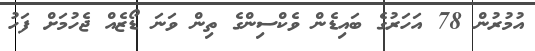
އުމުރުން 78 އަހަރުގެ ބައިޑެން ވެކްސިންގެ ތިން ވަނަ ޑޯޒެއް ޖެހުމަށް ފަހު